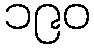
၁၉၀